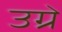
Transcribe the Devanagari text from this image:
उग्रे